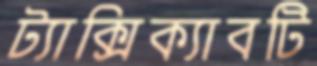
ট্যাক্সিক্যাবটি